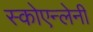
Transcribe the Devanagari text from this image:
स्कोएन्लेनी